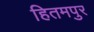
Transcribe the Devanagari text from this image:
हितमपुर